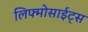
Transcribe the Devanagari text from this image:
लिफ्मोसाईट्स